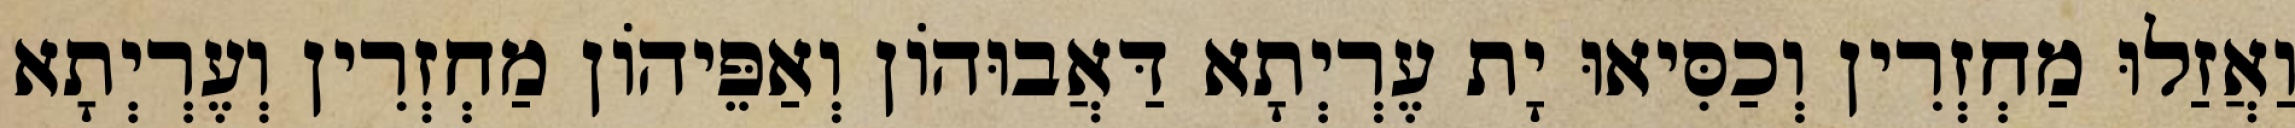
וַאֲזַלוּ מַחְזְרִין וְכַסִּיאוּ יָת עֶרְיְתָא דַּאֲבוּהוֹן וְאַפֵּיהוֹן מַחְזְרִין וְעֶרְיְתָא